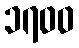
၁၇၀၀